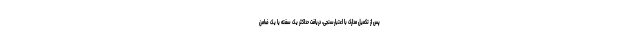
پس از تکمیل مدارک با اعتبارسنجی، دریافت حداکثر یک سفته یا یک ضامن